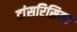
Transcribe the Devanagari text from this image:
ट्रांसरिसिवर